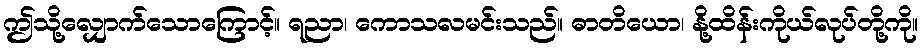
ဤသို့လျှောက်သောကြောင့်။ ရညာ၊ ကောသလမင်းသည်။ ဓာတိယော၊ နို့ထိန်းကိုယ်လုပ်တို့ကို။